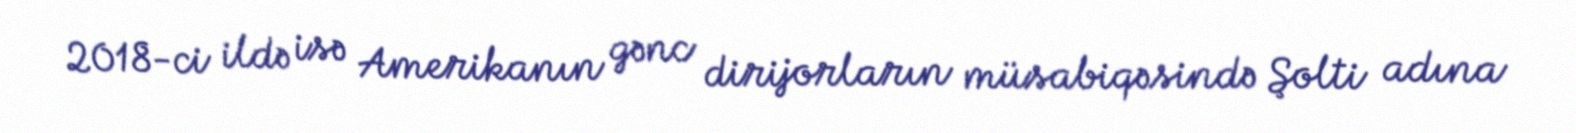
2018-ci ildə isə Amerikanın gənc dirijorların müsabiqəsində Şolti adına